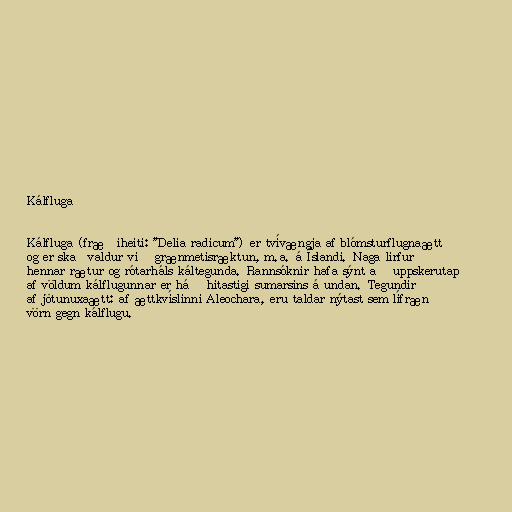
Kálfluga

Kálfluga (fræðiheiti: "Delia radicum") er tvívængja af blómsturflugnaætt
og er skaðvaldur við grænmetisræktun, m.a. á Íslandi. Naga lirfur
hennar rætur og rótarháls káltegunda. Rannsóknir hafa sýnt að uppskerutap
af völdum kálflugunnar er háð hitastigi sumarsins á undan. Tegundir
af jötunuxaætt: af ættkvíslinni Aleochara, eru taldar nýtast sem lífræn
vörn gegn kálflugu.